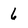
Character: 6